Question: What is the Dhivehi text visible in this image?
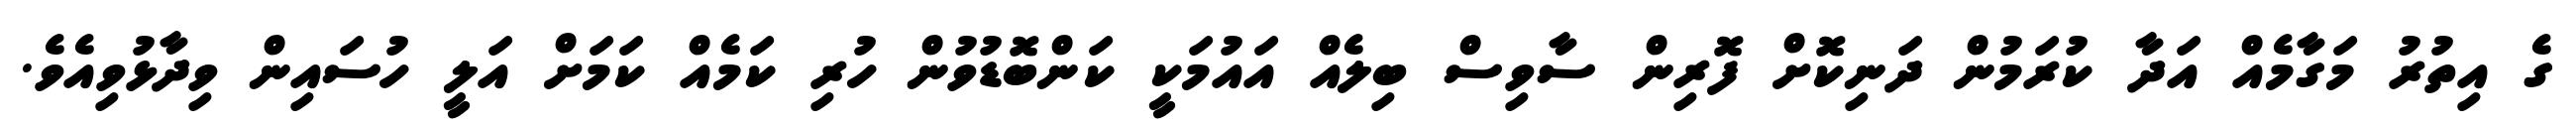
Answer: ގެ އިތުރު މަގާމެއް އަދާ ކުރަމުން ދަނިކޮށް ފޮރިން ސާވިސް ބިލެއް އައުމަކީ ކަންބޮޑުވުން ހުރި ކަމެއް ކަމަށް އަލީ ހުސައިން ވިދާޅުވިއެވެ.